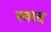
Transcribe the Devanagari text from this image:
स्‍त्राव